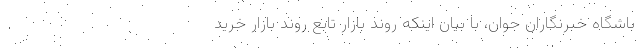
باشگاه خبرنگاران جوان، با بیان اینکه روند بازار تابع روند بازار خرید